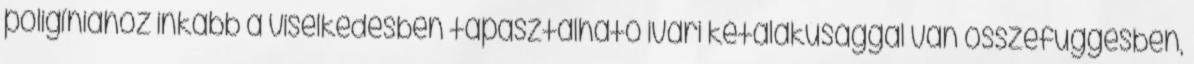
poligíniához inkább a viselkedésben tapasztalható ivari kétalakúsággal van összefüggésben,